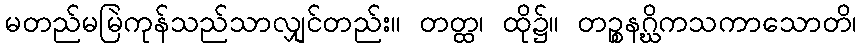
မတည်မမြဲကုန်သည်သာလျှင်တည်း။ တတ္ထ၊ ထို၌။ တဉ္စနဂ္ဃိကသကာသောတိ၊